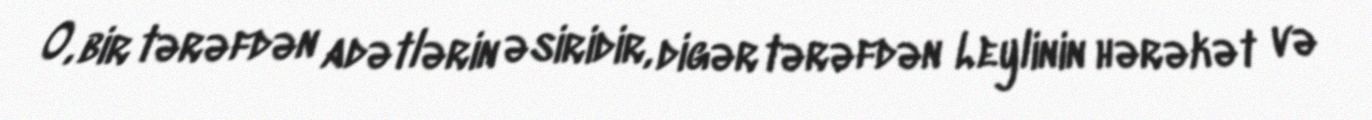
O, bir tərəfdən adətlərin əsiridir, digər tərəfdən Leylinin hərəkət və